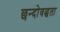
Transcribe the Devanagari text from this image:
छन्दोवद्धता